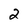
Character: 2